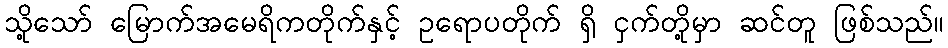
သို့သော် မြောက်အမေရိကတိုက်နှင့် ဥရောပတိုက် ရှိ ငှက်တို့မှာ ဆင်တူ ဖြစ်သည်။